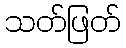
သတ်ဖြတ်